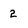
Character: 2